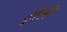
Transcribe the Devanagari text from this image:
ट्रौली